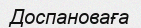
Доспановаға